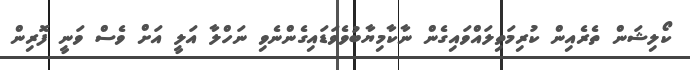
ކޯލިޝަން ތެރެއިން ކުރިމަތިލައްވައިގެން ނާކާމިޔާބުވެވަޑައިގެންނެވި ނަހްލާ އަލީ އަށް ވެސް ވަނީ ފޮރިން